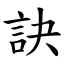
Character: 訣